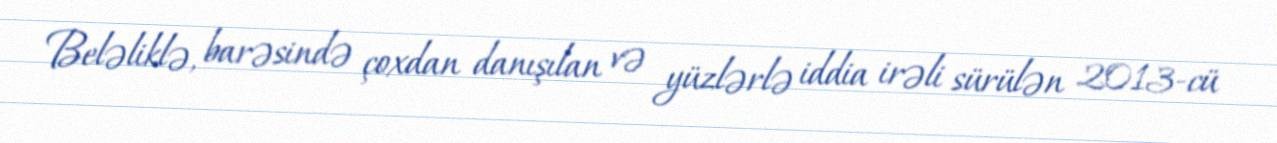
Beləliklə, barəsində çoxdan danışılan və yüzlərlə iddia irəli sürülən 2013-cü